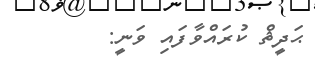
ޙަދީޘް ކުރައްވާފައި ވަނީ: